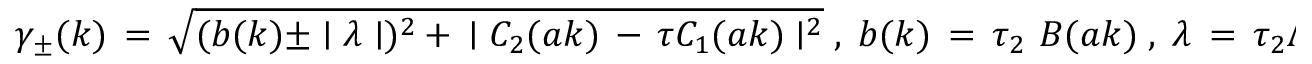
\gamma _ { \pm } ( k ) \, = \, \sqrt { ( b ( k ) \pm \mid \lambda \mid ) ^ { 2 } \, + \, \mid C _ { 2 } ( a k ) \, - \, \tau C _ { 1 } ( a k ) \mid ^ { 2 } } \; , \; b ( k ) \, = \, \tau _ { 2 } \, \, B ( a k ) \; , \; \lambda \, = \, \tau _ { 2 } \Lambda \; \; ,